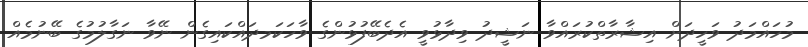
މުހައްމަދު ވަހީދަށް އިޝާރާތްކުރައްވާ ނަޝީދު ވިދާޅުވީ އެދެބޭފުޅުންގެ ވާހަކަމދައްކައިގެން ނޭވާ ނަގާލުމުގެ ބޭނުމެއް